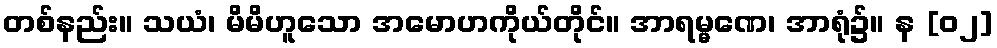
တစ်နည်း။ သယံ၊ မိမိဟူသော အမောဟကိုယ်တိုင်။ အာရမ္မဏေ၊ အာရုံ၌။ န [၀၂]